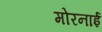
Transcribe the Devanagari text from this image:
मोरनाई